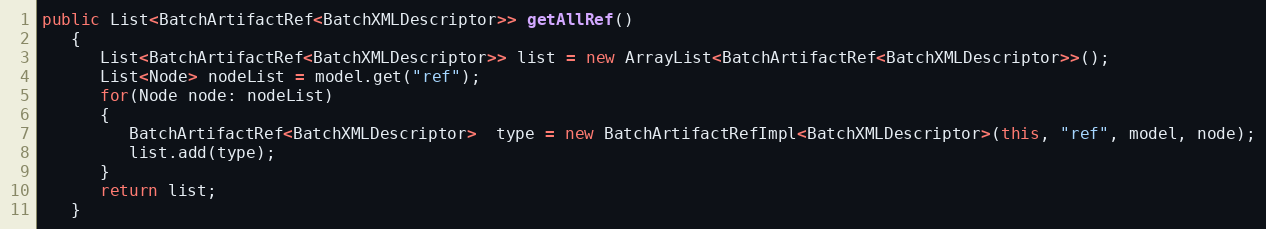
Language: Java
public List<BatchArtifactRef<BatchXMLDescriptor>> getAllRef()
   {
      List<BatchArtifactRef<BatchXMLDescriptor>> list = new ArrayList<BatchArtifactRef<BatchXMLDescriptor>>();
      List<Node> nodeList = model.get("ref");
      for(Node node: nodeList)
      {
         BatchArtifactRef<BatchXMLDescriptor>  type = new BatchArtifactRefImpl<BatchXMLDescriptor>(this, "ref", model, node);
         list.add(type);
      }
      return list;
   }